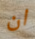
ان